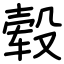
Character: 毂